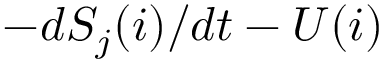
- d S _ { j } ( i ) / d t - U ( i )